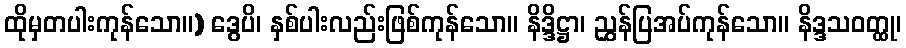
ထိုမှတပါးကုန်သော။) ဒွေပိ၊ နှစ်ပါးလည်းဖြစ်ကုန်သော။ နိဒ္ဒိဋ္ဌာ၊ ညွှန်ပြအပ်ကုန်သော။ နိဒ္ဒသဝတ္ထု၊